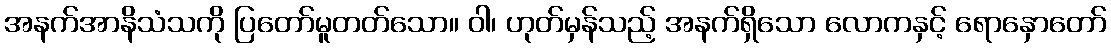
အနက်အာနိသံသကို ပြတော်မူတတ်သော။ ဝါ၊ ဟုတ်မှန်သည့် အနက်ရှိသော လောကနှင့် ရောနှောတော်